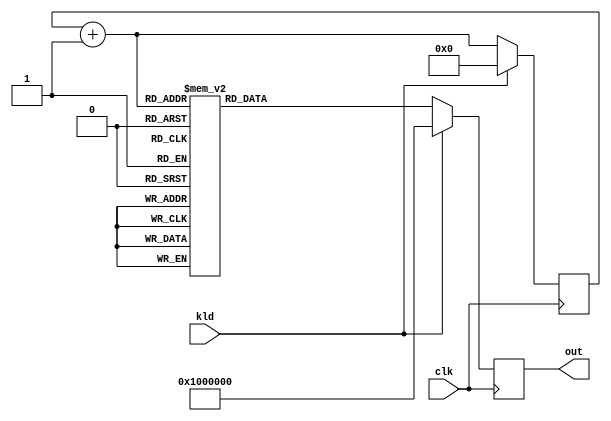
// This program was cloned from: https://github.com/NYU-MLDA/OpenABC
// License: BSD 3-Clause "New" or "Revised" License

module aes_rcon(clk, kld, out);
input		clk;
input		kld;
output	[31:0]	out;
reg	[31:0]	out;
reg	[3:0]	rcnt;
wire	[3:0]	rcnt_next;

always @(posedge clk)
	if(kld)		out <= #1 32'h01_00_00_00;
	else		out <= #1 frcon(rcnt_next);

assign rcnt_next = rcnt + 4'h1;
always @(posedge clk)
	if(kld)		rcnt <= #1 4'h0;
	else		rcnt <= #1 rcnt_next;

function [31:0]	frcon;
input	[3:0]	i;
(* parallel_case *) case(i)
   4'h0: frcon=32'h01_00_00_00;
   4'h1: frcon=32'h02_00_00_00;
   4'h2: frcon=32'h04_00_00_00;
   4'h3: frcon=32'h08_00_00_00;
   4'h4: frcon=32'h10_00_00_00;
   4'h5: frcon=32'h20_00_00_00;
   4'h6: frcon=32'h40_00_00_00;
   4'h7: frcon=32'h80_00_00_00;
   4'h8: frcon=32'h1b_00_00_00;
   4'h9: frcon=32'h36_00_00_00;
   default: frcon=32'h00_00_00_00;
endcase
endfunction

endmodule